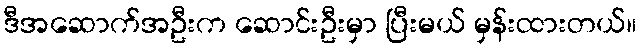
ဒီအဆောက်အဦးက ဆောင်းဦးမှာ ပြီးမယ် မှန်းထားတယ်။